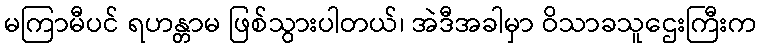
မကြာမီပင် ရဟန္တာမ ဖြစ်သွားပါတယ်၊ အဲဒီအခါမှာ ဝိသာခသူဌေးကြီးက